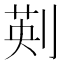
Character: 𠝟